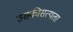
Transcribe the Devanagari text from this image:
उसकीसत्यता